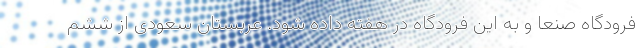
فرودگاه صنعا و به این فرودگاه در هفته داده شود. عربستان سعودی از ششم